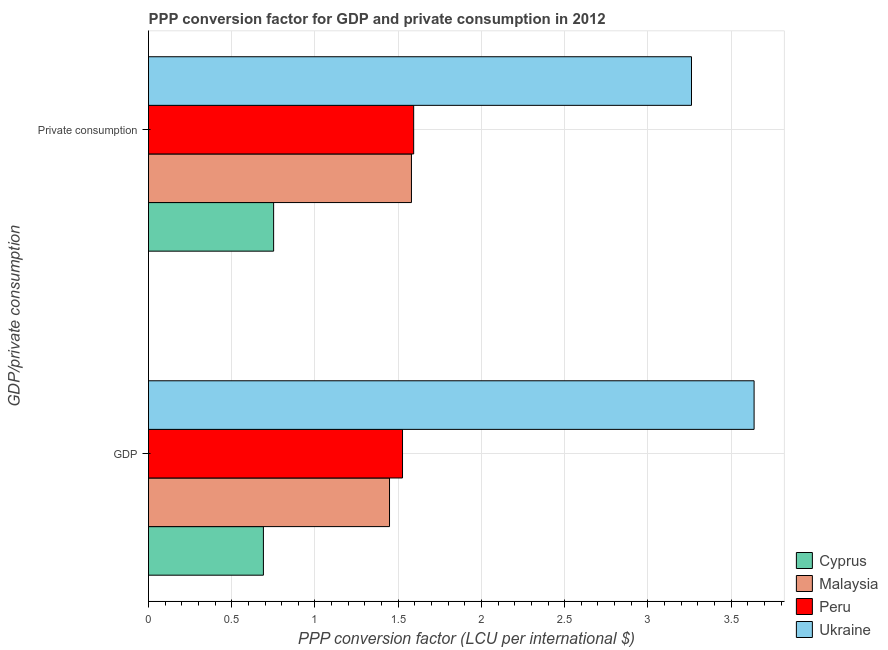
| GDP/private consumption | Cyprus | Malaysia | Peru | Ukraine |
 | --- | --- | --- | --- | --- |
 | GDP | 0.69 | 1.45 | 1.53 | 3.64 |
 |  Private consumption | 0.752 | 1.58 | 1.59 | 3.26 |